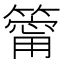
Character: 𥳥